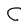
Character: C